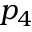
p _ { 4 }